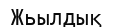
Жьылдық